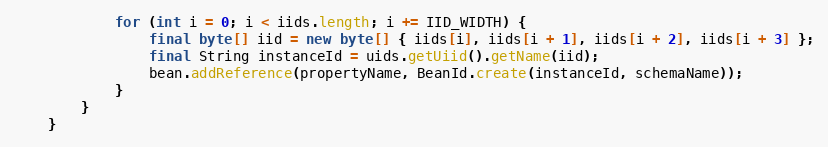
Language: Java
            for (int i = 0; i < iids.length; i += IID_WIDTH) {
                final byte[] iid = new byte[] { iids[i], iids[i + 1], iids[i + 2], iids[i + 3] };
                final String instanceId = uids.getUiid().getName(iid);
                bean.addReference(propertyName, BeanId.create(instanceId, schemaName));
            }
        }
    }